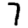
Digit: 7